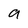
Character: 9